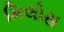
મિલોસ